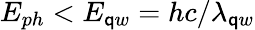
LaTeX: E_{ph}<E_{\mathsf{q}w}=hc/\lambda_{\mathsf{q}w}